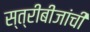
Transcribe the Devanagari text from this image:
स्त्रीबीजांची